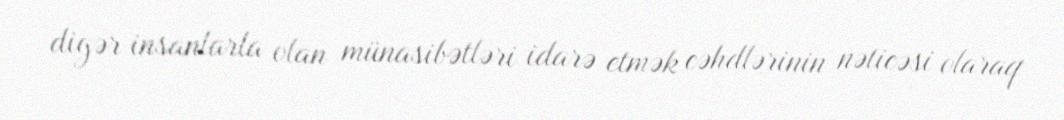
digər insanlarla olan münasibətləri idarə etmək cəhdlərinin nəticəsi olaraq